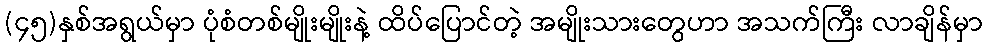
(၄၅)နှစ်အရွယ်မှာ ပုံစံတစ်မျိုးမျိုးနဲ့ ထိပ်ပြောင်တဲ့ အမျိုးသားတွေဟာ အသက်ကြီး လာချိန်မှာ